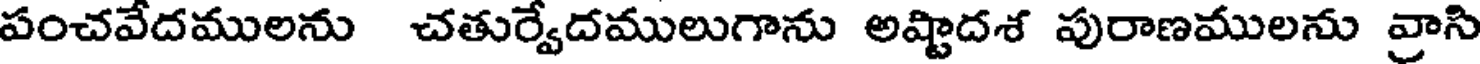
పంచవేదములను చతుర్వేదములుగాను అష్టాదశ పురాణములను వ్రాసి